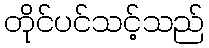
တိုင်ပင်သင့်သည်